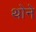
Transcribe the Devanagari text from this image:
थोने